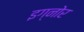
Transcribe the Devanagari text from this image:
इग्नोर